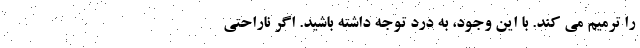
را ترمیم می کند. با این وجود، به درد توجه داشته باشید. اگر ناراحتی